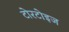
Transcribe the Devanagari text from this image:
टोरटोइज